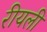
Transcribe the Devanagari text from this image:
रीयली